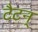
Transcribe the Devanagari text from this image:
टैटन्